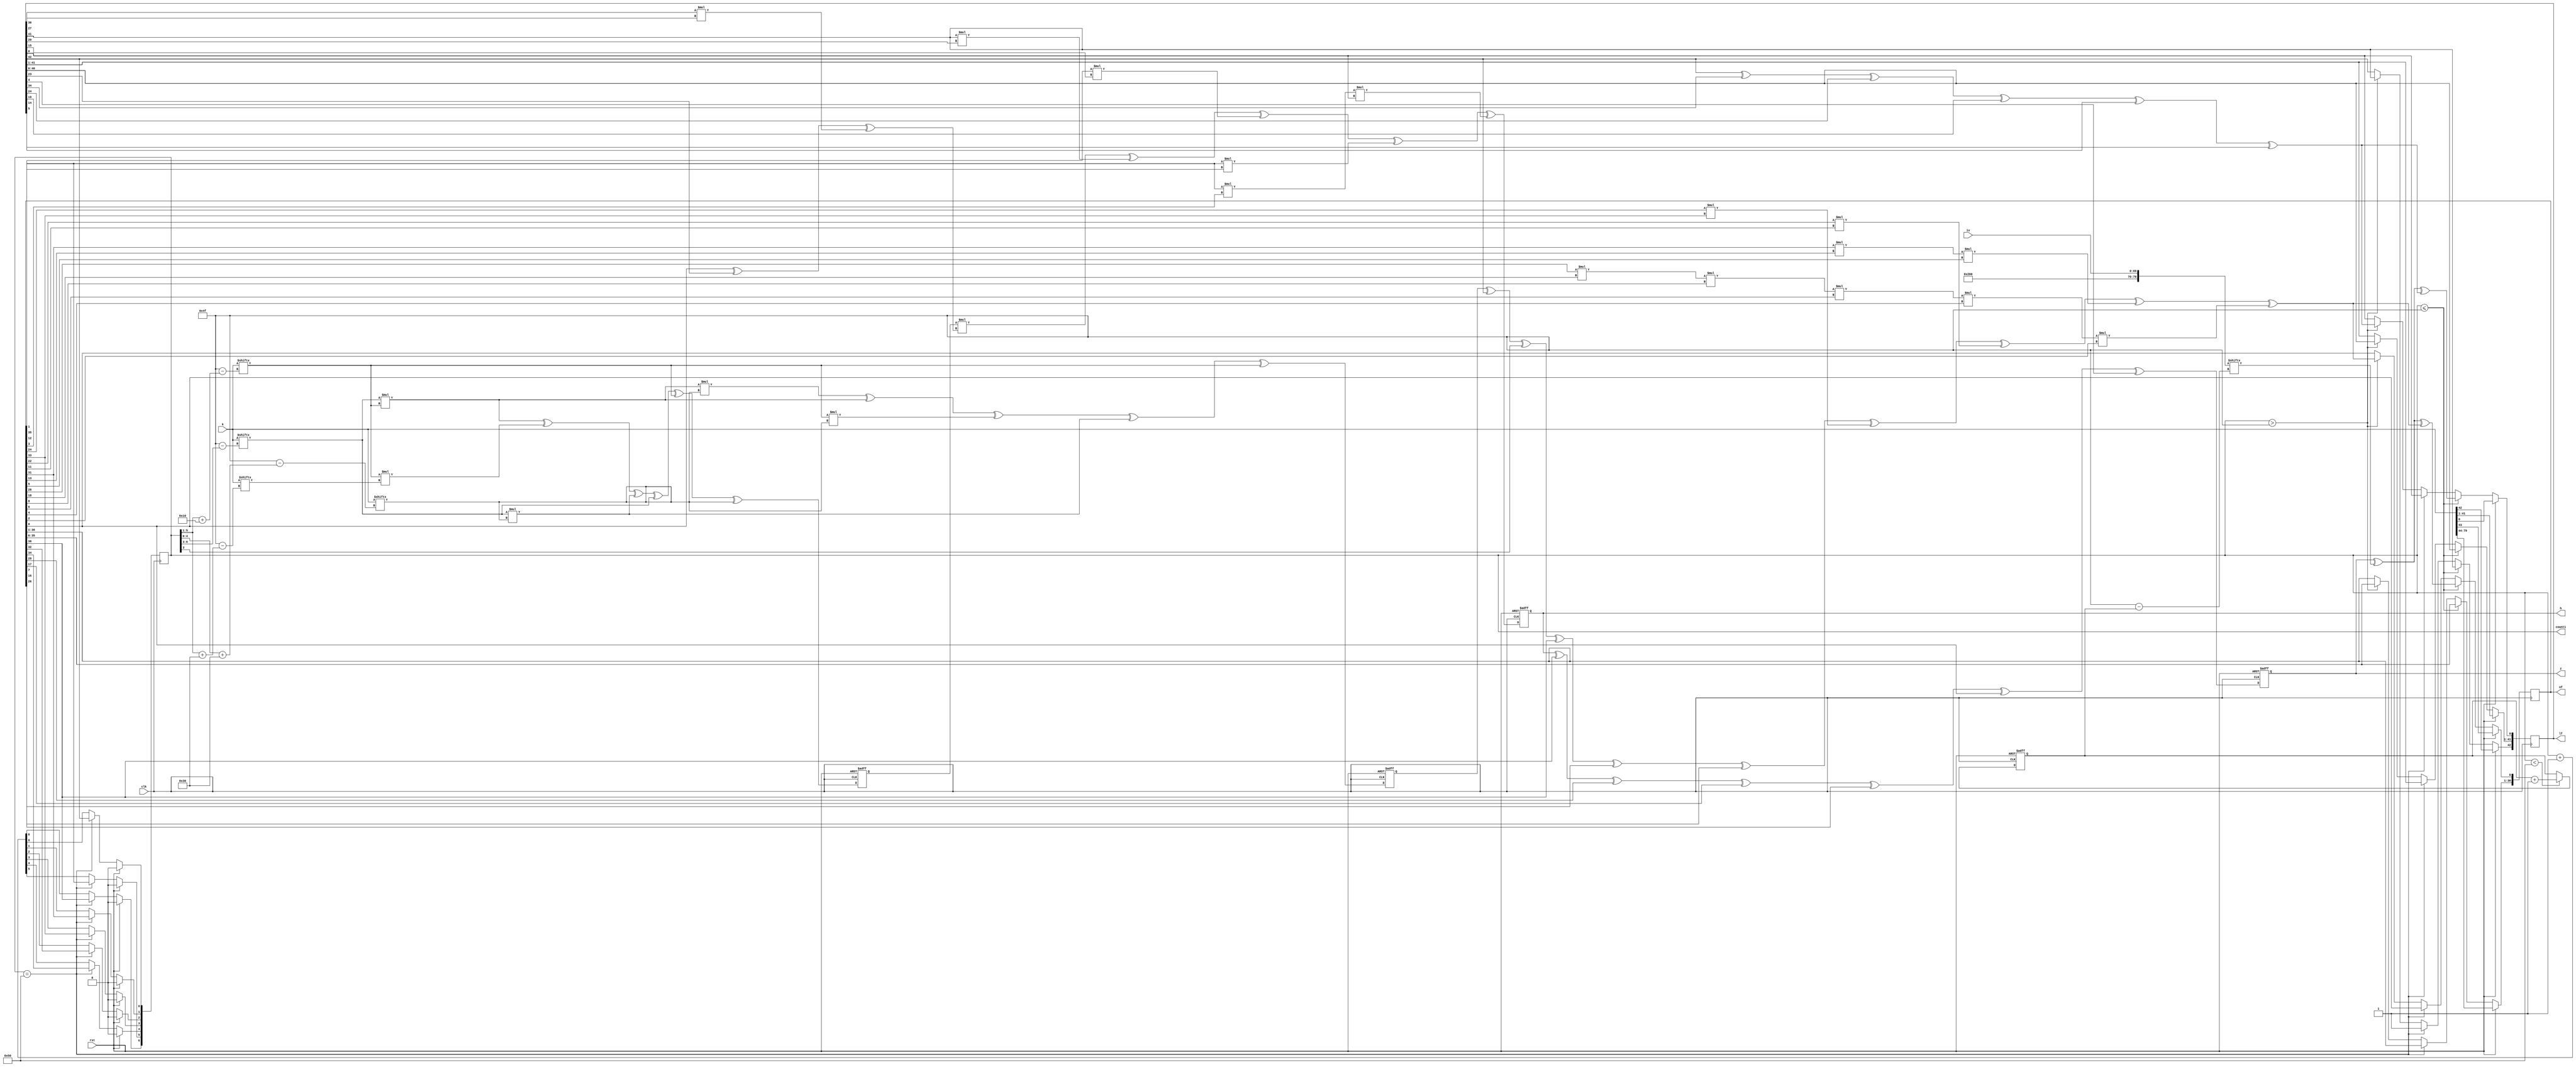
`timescale 1ns / 1ps
//////////////////////////////////////////////////////////////////////////////////
// Company: 
// Engineer: 
// 
// Design Name: 
// Module Name:    Fruit-80
// Project Name: 	 Major Project NITK
// Target Devices: 
// Tool versions: 
// Description: 
//
// Dependencies: 
//
// Revision: 
// Revision 0.01 - File Created
// Additional Comments: 
//
//////////////////////////////////////////////////////////////////////////////////

module fruit80 (output reg [0:42]lf, output reg [0:36] nf, output reg [0:6]count1=7'b0, input [0:69]iv, input [0:79]k, input clk, rst, output reg h=0, output reg z=0);
reg kt;
reg kt1;
wire [0:4]p,q;
wire [0:3] r;
wire [0:79] iv1;
reg i;

assign iv1 ={1'b1,9'b0,iv[0:69]};
assign f1 =lf[0]^lf[8]^lf[18]^lf[23]^lf[28]^lf[37];
assign nfb = kt^lf[0]^count1[3]^nf[0]^nf[10]^nf[20]^(nf[12]*nf[3])^(nf[14]*nf[25])^(nf[5]*nf[23]*nf[31])^(nf[8]*nf[18]*nf[28]*nf[30]*nf[32]*nf[34]);
assign p = {count1[1],count1[2],count1[3],count1[4],count1[5]};
assign r = {count1[0],count1[1],count1[2],count1[3]};
assign q = {count1[2],count1[3],count1[4],count1[5],count1[6]};

always @(posedge clk)
begin
  if(rst)
  begin
    count1<=7'b0;
  end
  else if (count1==80)
  begin
    count1[0]<=nf[0];
    count1[1]<=nf[1];
    count1[2]<=nf[2];
    count1[3]<=nf[3];
    count1[4]<=nf[4];
    count1[5]<=nf[5];
    count1[6]<=lf[0];
  end
  else
  begin
    count1<=count1+1'b1;
  end
end

always@(posedge clk or posedge rst)
  if(rst)
  begin
    kt<=1'b0;
    kt1<=1'b0;
  end
  else
  begin
    kt<=(k[r]*k[p+16]*k[q+48])^(k[r]*k[p+16])^(k[p+16]*k[q+48])^(k[r]*k[q+48])^k[p+16];
    kt1<=(k[r]*k[p+16])^(k[p+16]*k[p+48])^(k[r]*k[q+48])^k[r]^k[p+16]^k[q+48];
  end

always@(posedge clk)
  if(rst)
  begin
    nf[0:36]<=k[0:36];
    lf[0:42]<=k[37:79];
  end
  else if(count1<=79)
  begin
    nf[0:35]<=nf[1:36];
    nf[36]<=z^iv1[i]^nfb;
    lf[0:41]<=lf[1:42];
    lf[42]<=z^iv1[i]^f1;
  end
  else if(count1==80)
    lf[0]<=1'b1;
  else if(count1>79)
  begin
    nf[0:35]<=nf[1:36];
    nf[36]<=nfb;
    lf[0:41]<=lf[1:42];
    lf[42]<=f1;
  end

always@(posedge clk or posedge rst)
  if(rst)
    i<=1'b0;
  else if(count1<80)
    i<=i+1'b1;

always@(posedge clk or posedge rst)
  if(rst)
    h<=0;
  else
    h<=kt1*(nf[36]^lf[19]^lf[6]*lf[15])^(lf[1]*lf[22])^(nf[35]*lf[27])^(nf[1]*nf[24])^(nf[1]*nf[33]*lf[42]);

always@(posedge clk or posedge rst)
  if(rst)
    z<=0;
  else
    z<=h^nf[0]^nf[7]^^nf[19]^nf[29]^nf[36]^lf[38];
endmodule